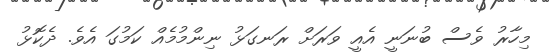
މިހާރު ވެސް ބުނަނީ އެއީ ވަރަށް ރަނގަޅު ނިންމުމެއް ކަމުގަ އެވެ. ދެކޮޅު